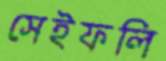
সেইফলি